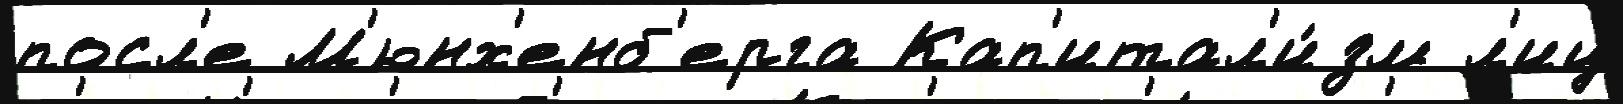
посл'е М'юнх'енб'ерга Кап'итал'и́зм л'иц